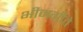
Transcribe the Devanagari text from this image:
भीमगीते